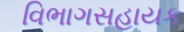
વિભાગસહાયક